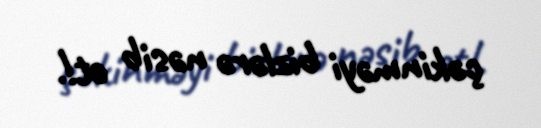
çəkinməyi bizlərə nəsib et!.